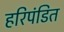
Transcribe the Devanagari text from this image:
हरिपंडित